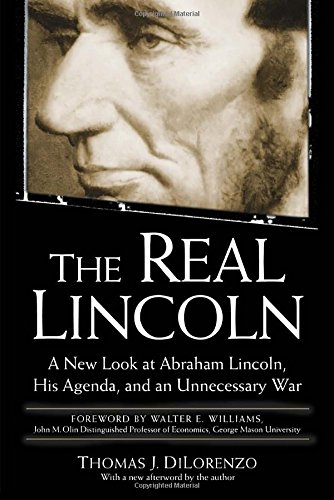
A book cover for The Real Lincoln: A New Look at Abraham Lincoln, His Agenda, and an Unnecessary War; Thomas DiLorenzo; Biographies & Memoirs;